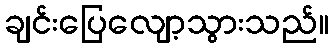
ချင်းပြေလျော့သွားသည်။